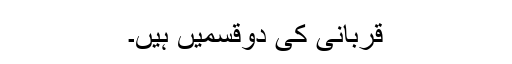
قربانی کی دوقسمیں ہیں۔